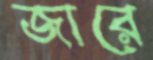
জারে